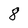
Character: 8